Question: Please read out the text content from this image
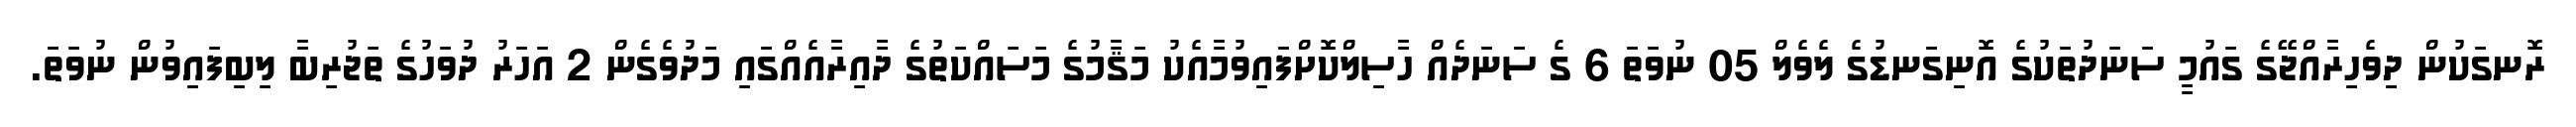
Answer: ރޮނގަކުން ދިވެހިރާއްޖޭގެ ގައުމީ ސަނަދުތަކުގެ އޮނިގަނޑުގެ ލެވެލް 05 ނުވަތަ 6 ގެ ސަނަދެއް ހާސިލްކޮށްފައިވުމާއެކު މަޤާމުގެ މަސައްކަތުގެ ދާއިރާއެއްގައި މަދުވެގެން 2 އަހަރު ދުވަހުގެ ތަޖުރިބާ ލިބިފައިވުން ނުވަތަ.